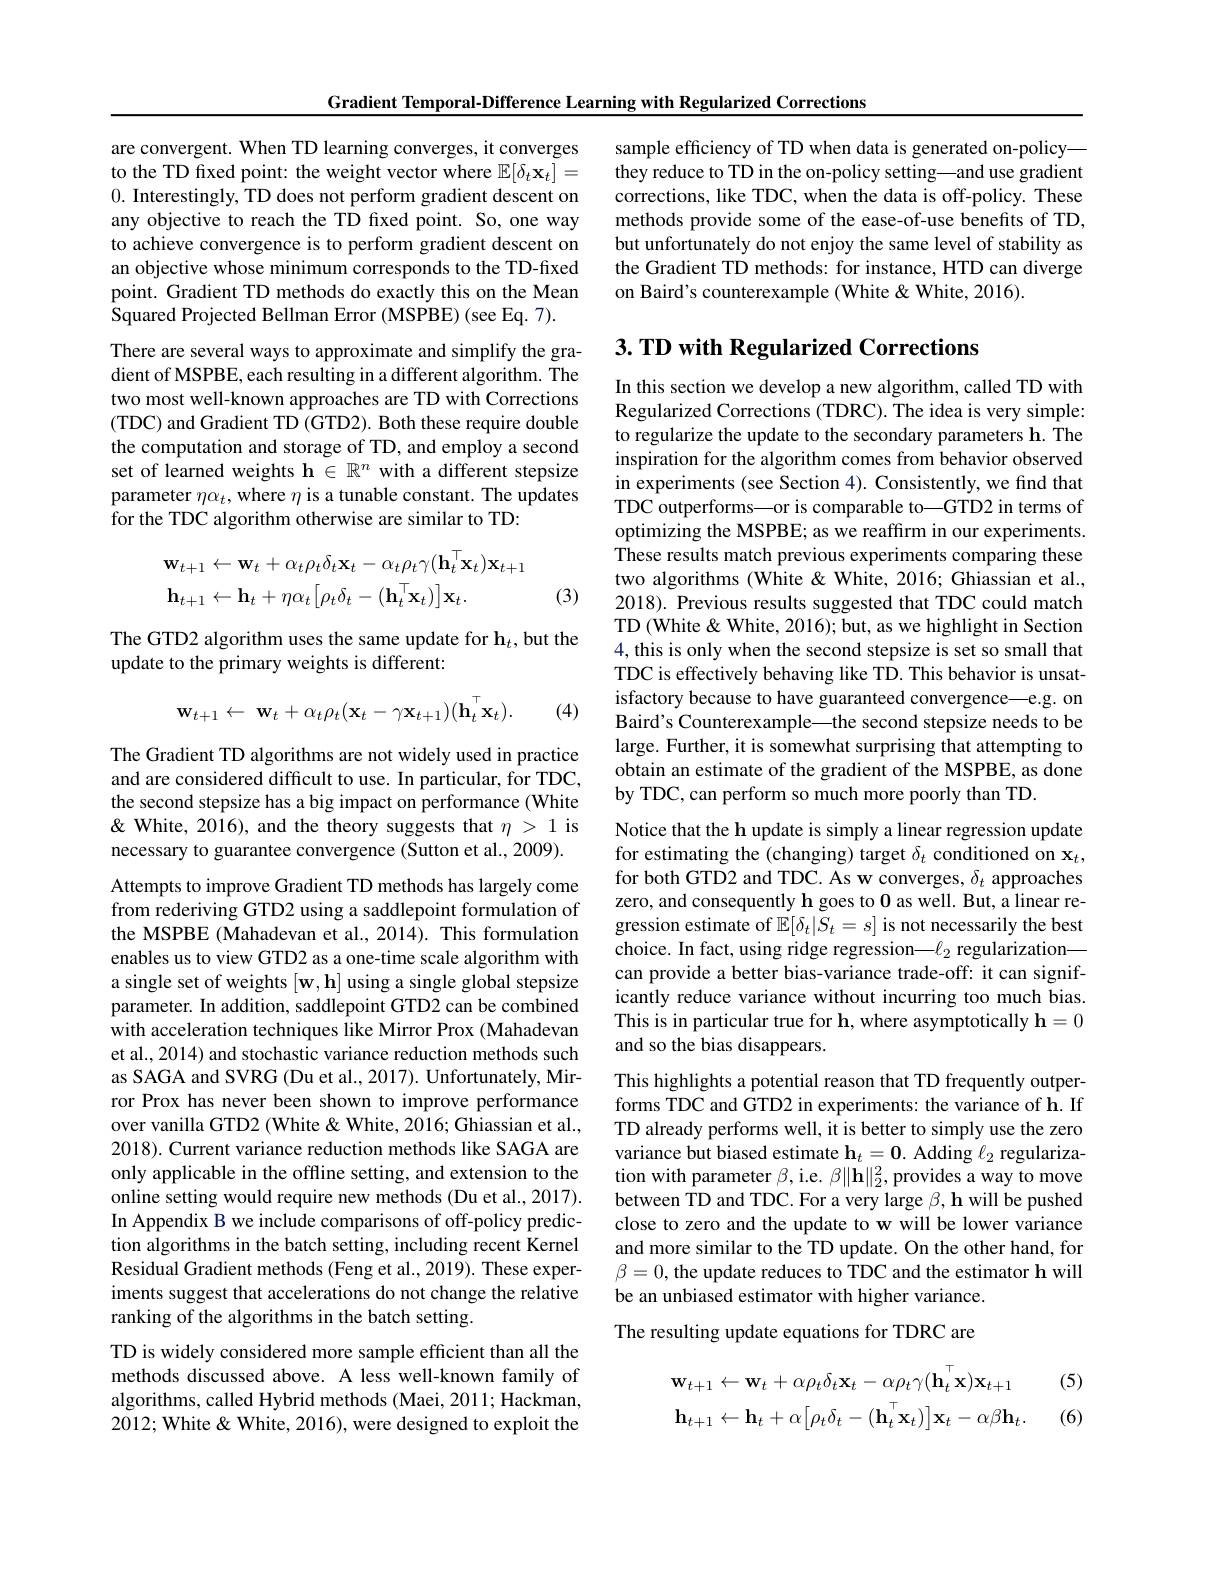
Gradient Temporal-Difference Learning with Regularized Corrections

are convergent. When TD learning converges, it converges to the TD fixed point: the weight vector where $\mathbb{E}[\delta_t\mathbf{x}_t]=$ 0. Interestingly, TD does not perform gradient descent on any objective to reach the TD fxed point. So, one way to achieve convergence is to perform gradient descent on an objective whose minimum corresponds to the TD-fixed point. Gradient TD methods do exactly this on the Mean Squared Projected Bellman Error (MSPBE) (see Eq. 7).
There are several ways to approximate and simplify the gradient of MSPBE, each resulting in a different algorithm. The two most well-known approaches are TD with Corrections (TDC) and Gradient TD (GTD2). Both these require double the computation and storage of TD, and employ a second set of learned weights $\mathbf{h}\in\mathbb{R}^n$ with a different stepsize parameter $\eta\alpha_t$, where $\eta$ is a tunable constant. The updates for the TDC algorithm otherwise are similar to TD:
$$\begin{aligned}&\mathbf{w}_{t+1}\leftarrow\mathbf{w}_{t}+\alpha_{t}\rho_{t}\delta_{t}\mathbf{x}_{t}-\alpha_{t}\rho_{t}\gamma(\mathbf{h}_{t}^{\top}\mathbf{x}_{t})\mathbf{x}_{t+1}\\&\mathbf{h}_{t+1}\leftarrow\mathbf{h}_{t}+\eta\alpha_{t}\big[\rho_{t}\delta_{t}-(\mathbf{h}_{t}^{\top}\mathbf{x}_{t})\big]\mathbf{x}_{t}.\end{aligned}$$
(3)

The GTD2 algorithm uses the same update for h$_t$,but the
update to the primary weights is different:
$$\mathbf{w}_{t+1}\leftarrow\mathbf{w}_{t}+\alpha_{t}\rho_{t}(\mathbf{x}_{t}-\gamma\mathbf{x}_{t+1})(\mathbf{h}_{t}^{\top}\mathbf{x}_{t}).$$
(4)

The Gradient TD algorithms are not widely used in practice and are considered difficult to use. In particular, for TDC, the second stepsize has a big impact on performance (White & White, 2016), and the theory suggests that $\eta>1$ is necessary to guarantee convergence (Sutton et al., 2009).

Attempts to improve Gradient TD methods has largely come from rederiving GTD2 using a saddlepoint formulation of the MSPBE (Mahadevan et al., 2014). This formulation enables us to view GTD2 as a one-time scale algorithm with a single set of weights $[\mathbf{w},\mathbf{h}]$ using a single global stepsize parameter. In addition, saddlepoint GTD2 can be combined with acceleration techniques like Mirror Prox (Mahadevan et al., 2014) and stochastic variance reduction methods such as SAGA and SVRG (Du et al., 2017). Unfortunately, Mirror Prox has never been shown to improve performance over vanilla GTD2 (White & White, 2016; Ghiassian et al., 2018). Current variance reduction methods like SAGA are only applicable in the offline setting, and extension to the online setting would require new methods (Du et al., 2017). In Appendix B we include comparisons of off-policy prediction algorithms in the batch setting, including recent Kernel Residual Gradient methods (Feng et al., 2019). These experiments suggest that accelerations do not change the relative ranking of the algorithms in the batch setting.
TD is widely considered more sample efficient than all the methods discussed above. A less well-known family of algorithms, called Hybrid methods (Maei, 2011; Hackman, 2012; White & White, 2016), were designed to exploit the

sample efficiency of TD when data is generated on-policy— they reduce to TD in the on-policy setting—and use gradient corrections, like TDC, when the data is off-policy. These methods provide some of the ease-of-use benefits of TD, but unfortunately do not enjoy the same level of stability as the Gradient TD methods: for instance, HTD can diverge on Baird's counterexample (White &White, 2016).

## 3. TD with Regularized Corrections

In this section we develop a new algorithm, called TD with Regularized Corrections (TDRC). The idea is very simple: to regularize the update to the secondary parameters h. The inspiration for the algorithm comes from behavior observed in experiments (see Section 4). Consistently, we find that TDC outperforms—or is comparable to—GTD2 in terms of optimizing the MSPBE; as we reaffırm in our experiments. These results match previous experiments comparing these two algorithms (White & White, 2016; Ghiassian et al., 2018). Previous results suggested that TDC could match TD (White& White, 2016); but, as we highlight in Section 4, this is only when the second stepsize is set so small that TDC is effectively behaving like TD. This behavior is unsatisfactory because to have guaranteed convergence—e.g. on Baird's Counterexample—the second stepsize needs to be large. Further, it is somewhat surprising that attempting to obtain an estimate of the gradient of the MSPBE, as done by TDC, can perform so much more poorly than TD.

Notice that the h update is simply a linear regression update for estimating the (changing) target $\delta_t$ conditioned on x$_t$, for both GTD2 and TDC. As w converges, $\delta_t$ approaches zero, and consequently h goes to 0 as well. But, a linear regression estimate of $\mathbb{E}[\delta_t|S_t=s]$ is not necessarily the best choice. In fact, using ridge regression—$\ell_2$ regularization— can provide a better bias-variance trade-off: it can significantly reduce variance without incurring too much bias. This is in particular true for h, where asymptotically h=0 and so the bias disappears.

This highlights a potential reason that TD frequently outperforms TDC and GTD2 in experiments: the variance of h. If TD already performs well, it is better to simply use the zero variance but biased estimate $\mathbf{h}_t=\mathbf{0}.$ Adding $\ell_2$ regularization with parameter $\beta$, i.e. $\beta\|\mathbf{h}\|_2^2$, provides a way to move between TD and TDC. For a very large $\beta , \textbf{h will be pushed}$ close to zero and the update to w will be lower variance and more similar to the TD update. On the other hand, for $\beta=0$, the update reduces to TDC and the estimator h will be an unbiased estimator with higher variance. The resulting update equations for TDRC are
$$\mathbf{w}_{t+1}\leftarrow\mathbf{w}_{t}+\alpha\rho_{t}\delta_{t}\mathbf{x}_{t}-\alpha\rho_{t}\gamma(\mathbf{h}_{t}^{\top}\mathbf{x})\mathbf{x}_{t+1}\quad(\\\mathbf{h}_{t+1}\leftarrow\mathbf{h}_{t}+\alpha\big[\rho_{t}\delta_{t}-(\mathbf{h}_{t}^{\top}\mathbf{x}_{t})\big]\mathbf{x}_{t}-\alpha\beta\mathbf{h}_{t}.\quad($$